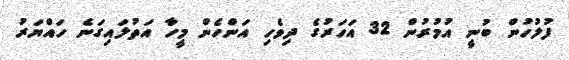
ފުލުހުން ބުނީ އުމުރުން 32 އަހަރުގެ ދިވެހި އަންހެން މީހާ އަތުލައިގަނެ ހައްޔަރު